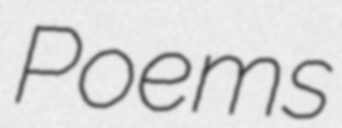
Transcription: Poems